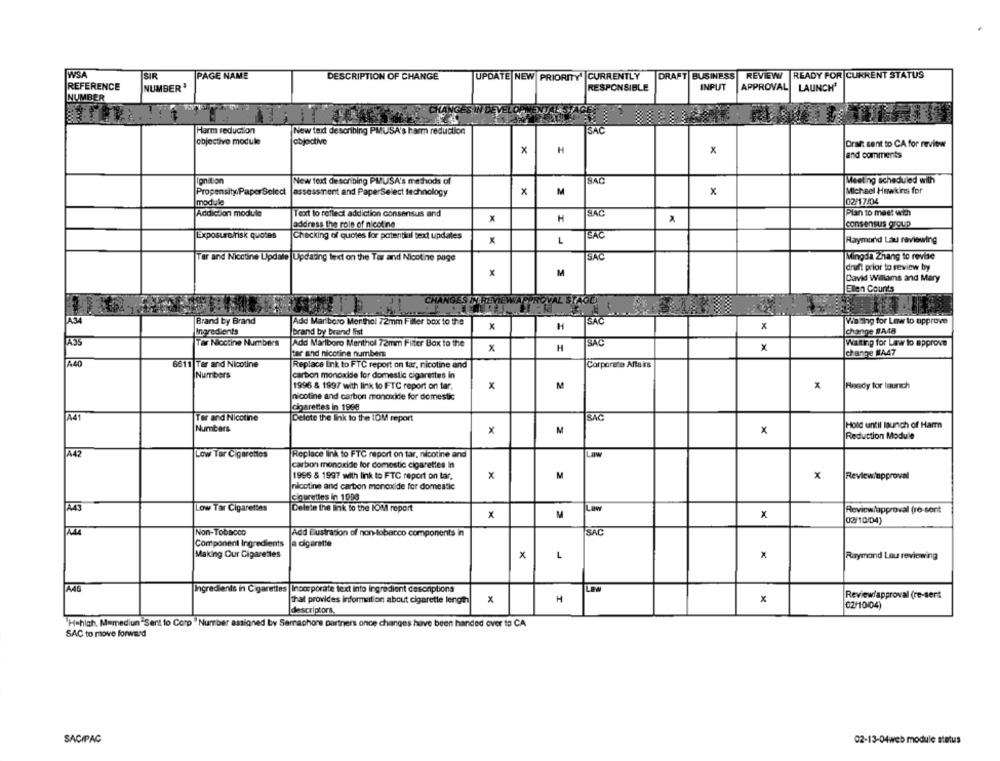
WSA
SIR
PAGE NAME
DESCRIPTION OF CHANGE
UPDATE NEW PRIORITY CURRENTLY
DRAFT BUSINESS
REVIEW
READY FOR CURRENT STATUS
REFERENCE
NUMBER'
RESPONSIBLE
INPUT
APPROVAL
LAUNCH'
NUMBER
CHANGES
SAC
Harm reduction
New text describing PMUSA's harm reduction
objective module
objective
Draft sent to CA for review
x
H
x
and comments
Ignition
New text describing PMVUSA's methods of
SAC
Meeting scheduled with
Propensity PaperSelect
x
M
x
Michael Hawkins for
assessment and PaperSelect technology
module
02/17/04
Addicton module
Text to reflect addiction consensus and
SAC
Plan to meet with
X
H
address the role of nicotine
consensus group
Exposurefrisk quotes
Checking of quotes for potential text updates
ISAC
X
L
Raymond Lau raviewing
Tar and Nicotine Update Updating text on the Tar and Nicotine page
SAC
Mingda Zhang to revise
draft prior to review by
x
M
David Willams and Mary
Ellen Counts
CHANGES IN REVIEWA
OVAL STAGEN
JA34
Brand by Brand
SAC
Add Marlboro Menthol 72mm Filler box to the
X
H
x
Willing for Low to approve
Ingredients
brand by brand fint
change SA48
A35
Tar Nicotine Numbers
Add Marlboro Merithol 72mm Filter Box to the
SAC
Waiting for Law to approve
x
H
X
tar and nicotine numbers
change MA47
A40
6611 Tar and Nicotine
Replace Ink to FTC report on tar, nicotine and
Corporate Affairs
Numbers
carbon monoxide for domestic cigarettes In
1996 & 1997 with link to FTC report on tar,
x
M
Ready for launch
nicotine and carbon monoxide for domestic
cigarettes in 1988
A41
Tar and Nicotine
Delete the link to the IOM report
SAC
Hold until launch of Harm
Numbers
x
M
x
Reduction Module
A42
Low Tar Cigarettes
Replace link to FTC report on tar, nicotine and
Law
carbon monoxide for domestic cigarettes In
1996 & 1997 with link to FTC report on tar.
x
M
×
Reviewiapproval
nicotine and carbon monoxide for domestic
cigarettes in 1008
A43
Low Tar Cigarettes
Delete the link to the IOM report
Law
Review/approval fre-sent
X
M
x
02/10/04)
A44
Non-Tobacco
Add illustration of non-tobacco components in
SAC
Component Ingredients
a cigarette
Making Our Cigarettes
x
L
Raymond Lou reviewing
A45
Ingredients in Cigarettes |Incorporate text Into ingredient descriptions
Low
that provides information about cigarette length
H
Reviewfapproval (re-sent
descriptors.
02/10/04)
'H=high, M=mediun "Sent to Corp . Number assigned by Semaphore partners once changes have been handed over to CA
SAC to move forward
SACIPAC
02-13-04web module status